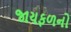
જાયફળનો